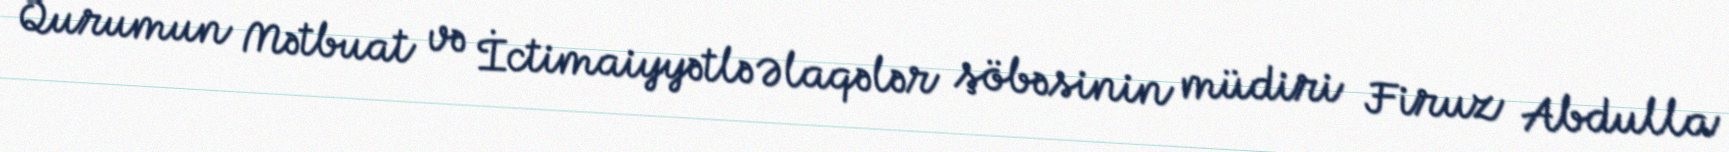
Qurumun Mətbuat və İctimaiyyətlə Əlaqələr şöbəsinin müdiri Firuz Abdulla